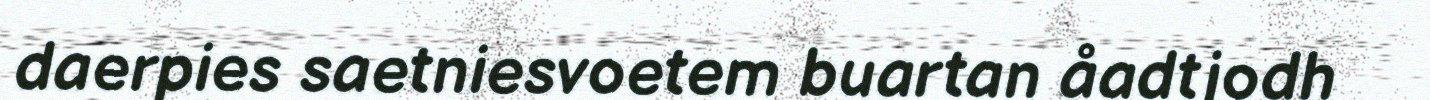
daerpies saetniesvoetem buartan åadtjodh